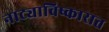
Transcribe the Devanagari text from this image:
नाट्याविष्कारात